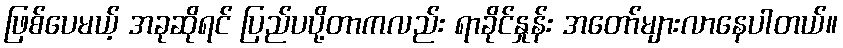
ဖြစ်ပေမယ့် အခုဆိုရင် ပြည်ပပို့တာကလည်း ရာခိုင်နှုန်း အတော်များလာနေပါတယ်။